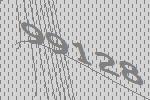
99128